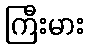
ကြီးမား